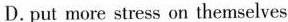
D.put more stress on themselves